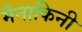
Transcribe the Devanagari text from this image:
मैनाकिनी